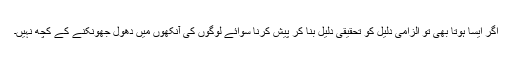
اگر ایسا ہوتا بھی تو الزامی دلیل کو تحقیقی دلیل بنا کر پیش کرنا سوائے لوگوں کی آنکھوں میں دھول جھونکنے کے کچھ نہیں۔